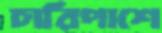
চারিপাশে